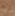
أوه